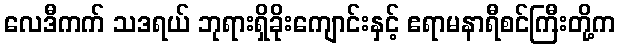
လေဒီကက် သဒရယ် ဘုရားရှိခိုးကျောင်းနှင့် ဧရာမနာရီစင်ကြီးတို့က